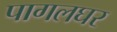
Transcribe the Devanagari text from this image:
पागलघर